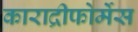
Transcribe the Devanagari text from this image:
काराद्रीफोर्मेस